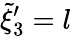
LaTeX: \tilde{\xi}_{3}^{\prime}=l